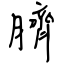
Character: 臍